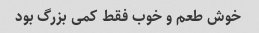
خوش طعم و خوب فقط کمی بزرگ بود